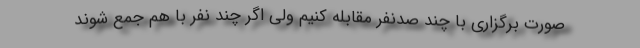
صورت برگزاری با چند صدنفر مقابله کنیم ولی اگر چند نفر با هم جمع شوند